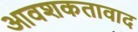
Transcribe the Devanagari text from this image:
आवशकतावाद